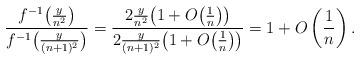
LaTeX: \begin{gather*}\frac{f^{-1}\big(\frac{y}{n^2}\big) }{f^{-1}\big(\frac{y}{(n+1)^2}\big)} = \frac{2\frac{y}{n^2}\big(1 + O\big(\frac{1}{n}\big)\big)}{2\frac{y}{(n+1)^2}\big(1 + O\big(\frac{1}{n}\big)\big)} = 1 + O\left(\frac{1}{n}\right).\end{gather*}